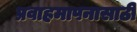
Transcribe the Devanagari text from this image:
प्रवाहमापनासाठी